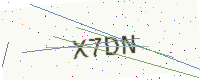
Text: X7DN